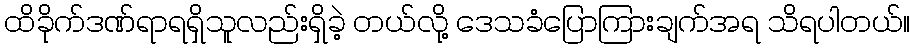
ထိခိုက်ဒဏ်ရာရရှိသူလည်းရှိခဲ့ တယ်လို့ ဒေသခံပြောကြားချက်အရ သိရပါတယ်။